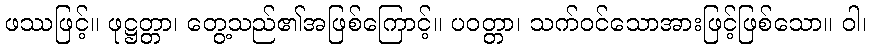
ဖဿဖြင့်။ ဖုဋ္ဌတ္တာ၊ တွေ့သည်၏အဖြစ်ကြောင့်။ ပဝတ္တာ၊ သက်ဝင်သောအားဖြင့်ဖြစ်သော။ ဝါ၊